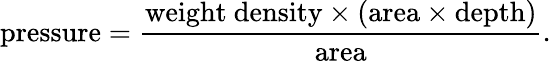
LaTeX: {\mathrm{pressure}}={\frac{{\mathrm{weight~density}}\times{\mathrm{(area}}\times{\mathrm{depth)}}}{\mathrm{area}}}.